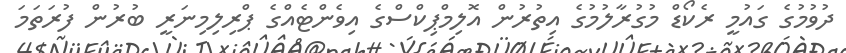
ދުވުމުގެ ގައުމީ ރެކޯޑް މުގުރާލުމުގެ އިތުރުން އޮލިމްޕިކްސްގެ އިވެންޓެއްގެ ޕްރިލިމިނަރީ ބުރުން ފުރަތަމަ